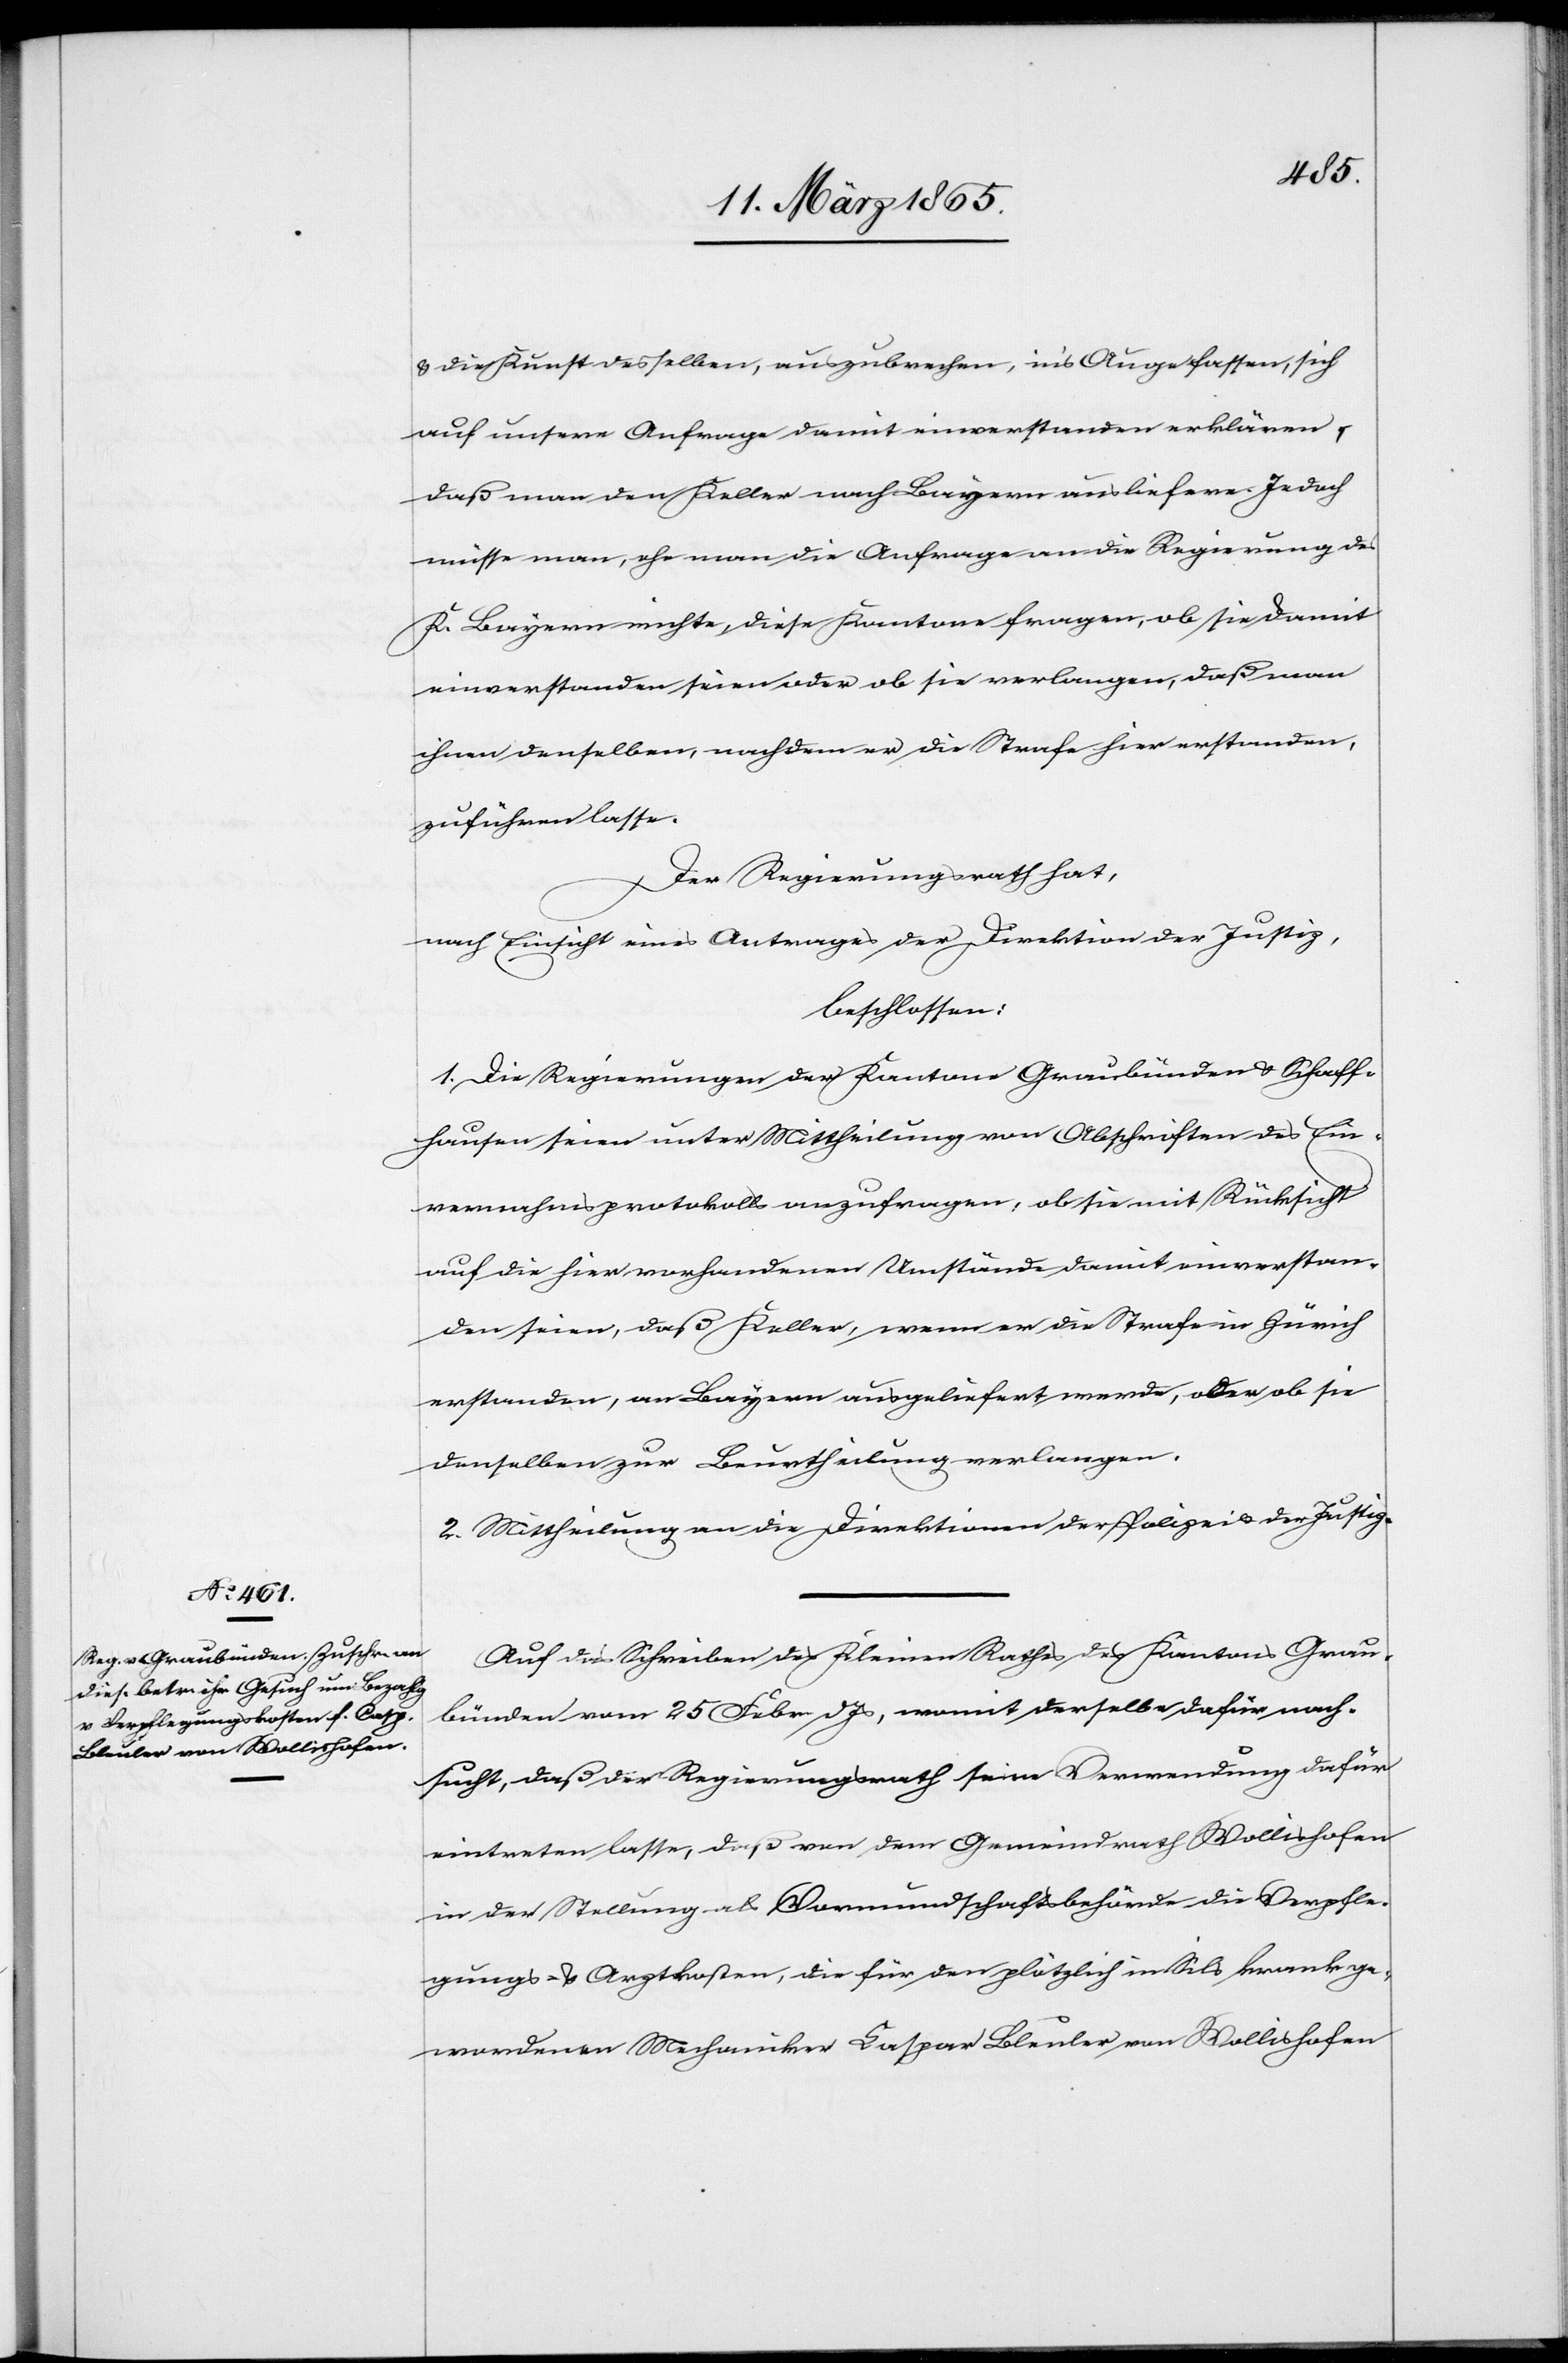
& die Kunst desselben, auszubrechen, in’s Auge fassen, sich
auf unsere Anfrage damit einverstanden erklären,
daß man den Keller nach Bayern ausliefere. Jedoch
müsse man, ehe man die Anfrage an die Regierung des
K. Bayern richte, diese Kantone fragen, ob sie damit
einverstanden seien oder ob sie verlangen, daß man
ihnen denselben, nachdem er die Strafe hier erstanden,
zuführen lasse.
Der Regierungsrath hat,
nach Einsicht eines Antrages der Direktion der Justiz,
beschlossen:
1. Die Regierungen der Kantone Graubünden & Schaff¬
hausen seien unter Mittheilung von Abschriften des Ein¬
vernahmsprotokolls anzufragen, ob sie mit Rücksicht
auf die hier vorhandenen Umstände damit einverstan¬
den seien, daß Keller, wenn er die Strafe in Zürich
erstanden, an Bayern ausgeliefert werde, oder ob sie
denselben zur Beurtheilung verlangen.
2. Mittheilung an die Direktion der Polizei & der Justiz.
Auf das Schreiben des Kleinen Rathes des Kantons Grau¬
bünden vom 25 Febr d Js, womit derselbe dafür nach¬
sucht, daß der Regierungsrath seine Verwendung dafür
eintreten lasse, daß von dem Gemeindrath Wollishofen
in der Stellung als Vormundschaftsbehörde die Verpfle¬
gungs- u. Arztkosten, die für den plötzlich in Sils krank ge¬
wordenen Mechaniker Caspar Bleuler von Wollishofen